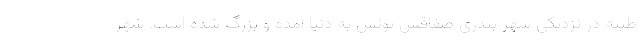
طینه در نزدیکی شهر بندری صفاقس تونس به دنیا آمده و بزرگ شده است. شهر